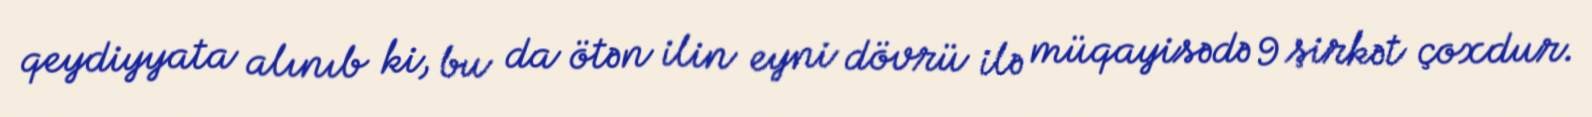
qeydiyyata alınıb ki, bu da ötən ilin eyni dövrü ilə müqayisədə 9 şirkət çoxdur.